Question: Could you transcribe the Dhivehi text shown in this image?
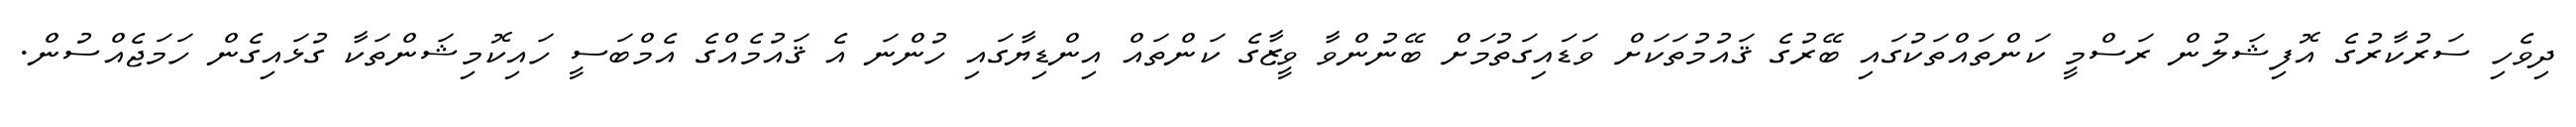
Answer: ދިވެހި ސަރުކާރުގެ އޮފިޝަލުން ރަސްމީ ކަންތައްތަކުގައި ބޭރުގެ ޤައުމުތަކަށް ވަޑައިގަތުމަށް ބޭނުންވާ ވީޒާގެ ކަންތައް އިންޑިޔާގައި ހުންނަ އެ ޤައުމެއްގެ އެމްބަސީ ހައިކޮމިޝަންތަކާ ގުޅައިގެން ހަމަޖެއްސުން.